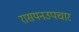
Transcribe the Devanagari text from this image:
रासयनउपचार